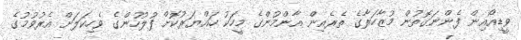
ވީޑިއޯއިން ފެންނަގޮތުން މުޒާހަރާގެ ތެރެއިން އާންމުންގެ މީހަކު ހައްޔަރުކޮށް ފުލުހުންގެ ވެހިކަލަށް އެރުވުމުގެ